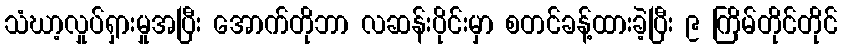
သံဃာ့လှုပ်ရှားမှုအပြီး အောက်တိုဘာ လဆန်းပိုင်းမှာ စတင်ခန့်ထားခဲ့ပြီး ၉ ကြိမ်တိုင်တိုင်